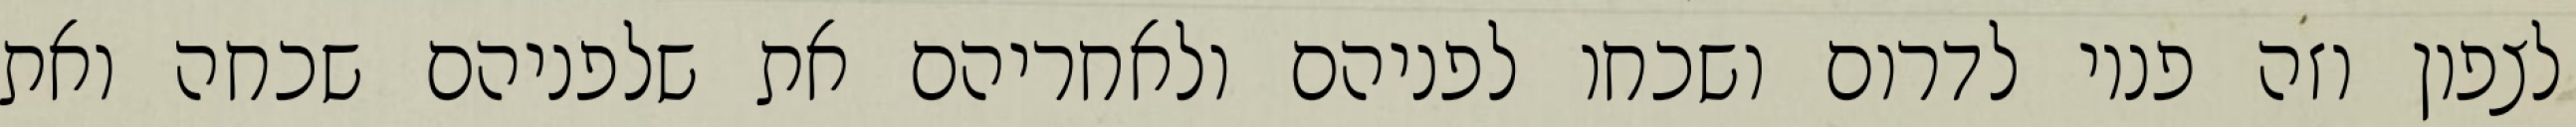
לצפון וזה פניו לדרום ושכחו לפניהם ולאחריהם את שלפניהם שכחה ואת